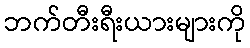
ဘက်တီးရီးယားများကို